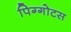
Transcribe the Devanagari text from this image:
पिग्गोटस